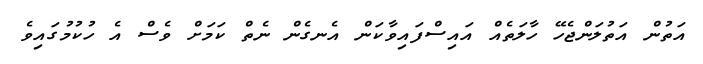
އަތުން އަތުލަންޖެހޭ ހާލަތެއް އައިސްފައިވާކަން އެނގެން ނެތް ކަމަށް ވެސް އެ ހުކުމުގައިވެ